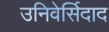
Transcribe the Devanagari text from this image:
उनिवेर्सिदाद